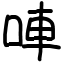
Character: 唓